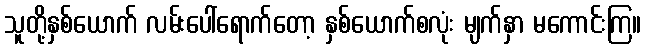
သူတို့နှစ်ယောက် လမ်းပေါ်ရောက်တော့ နှစ်ယောက်စလုံး မျက်နှာ မကောင်းကြ။